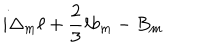
LaTeX: i \Delta _ { m } \ell + { \frac { 2 } { 3 } } \ell b _ { m } - B _ { m }